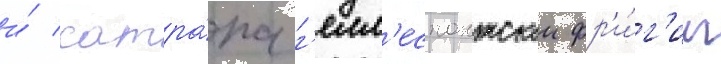
и́ сатра́па г'елл'еспонтскои фр'и́г'ии